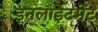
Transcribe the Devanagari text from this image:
इनलाईटमेंट